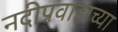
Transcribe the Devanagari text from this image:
नदीप्रवाहाच्या